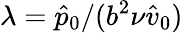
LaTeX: \lambda=\hat{p}_{0}/(b^{2}\nu\hat{v}_{0})